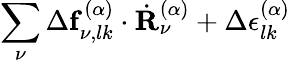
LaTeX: \sum_{\nu}\Delta\mathbf{f}_{\nu,lk}^{(\alpha)}\cdot\dot{\mathbf{R}}_{\nu}^{(\alpha)}+\Delta\epsilon_{lk}^{(\alpha)}